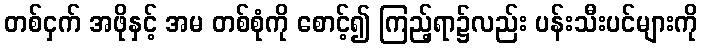
တစ်ငှက် အဖိုနှင့် အမ တစ်စုံကို စောင့်၍ ကြည့်ရာ၌လည်း ပန်းသီးပင်များကို